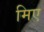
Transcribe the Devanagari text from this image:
मिए